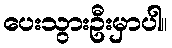
ပေးသွားဦးမှာပါ။